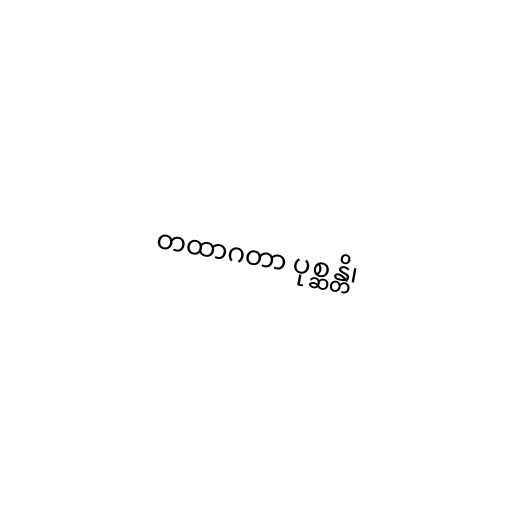
တထာဂတာ ပုစ္ဆန္တိ၊